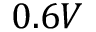
0 . 6 V